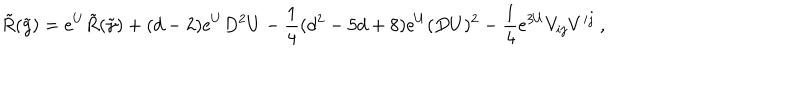
\tilde { R } ( \tilde { g } ) = e ^ { U } \tilde { R } ( \tilde { \gamma } ) + ( d - 2 ) e ^ { U } D ^ { 2 } U - { \frac { 1 } { 4 } } ( d ^ { 2 } - 5 d + 8 ) e ^ { U } ( D U ) ^ { 2 } - { \frac { 1 } { 4 } } e ^ { 3 U } V _ { i j } V ^ { i j } \ ,